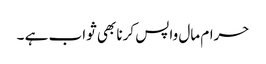
حرام مال واپس کرنا بھی ثواب ہے ۔